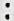
: